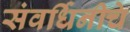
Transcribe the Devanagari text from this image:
संवर्धिनीचे